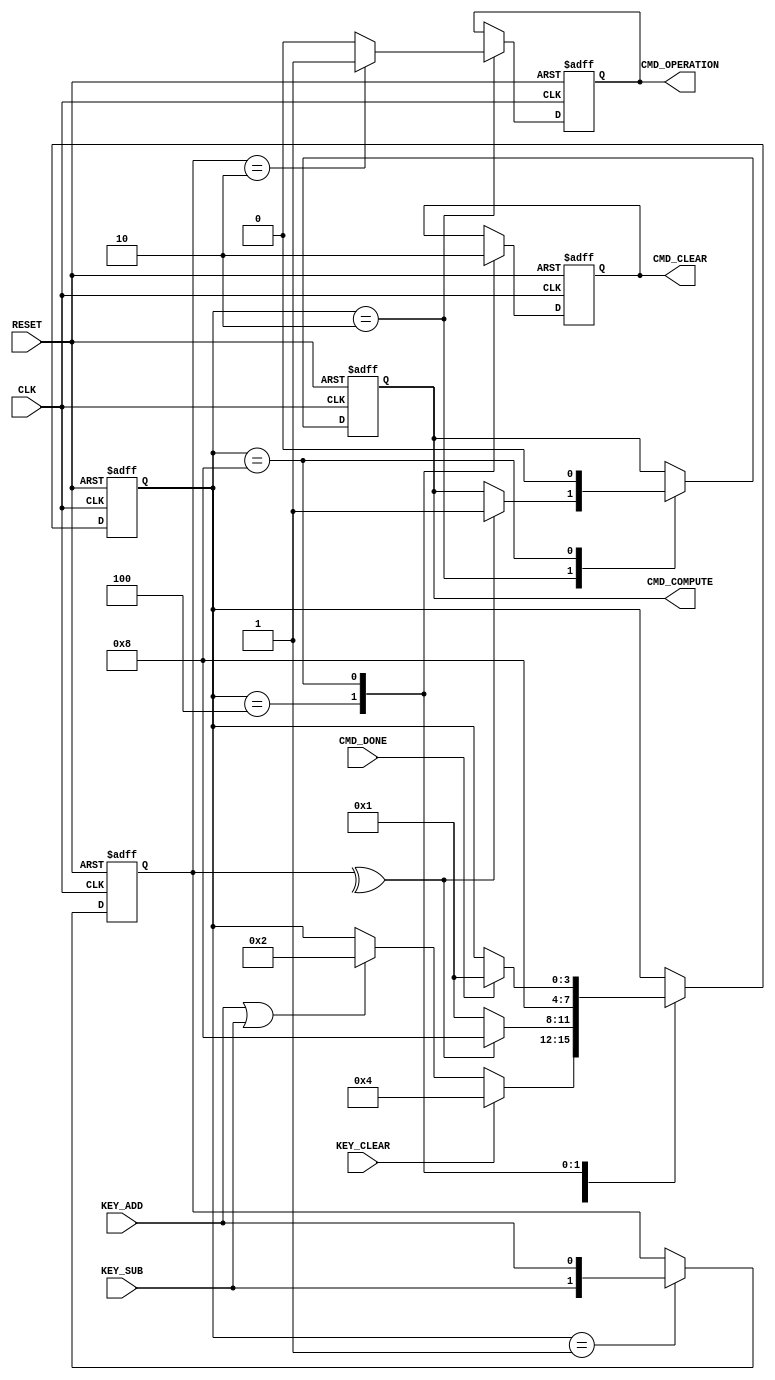
module Key_Command_Controller
(
	// Key Input Signals
	input KEY_CLEAR,
	input KEY_ADD,
	input KEY_SUB,

	// Command Signals
	input      CMD_DONE,
	output reg CMD_CLEAR,
	output reg CMD_COMPUTE,
	output reg CMD_OPERATION,
	
	// System Signals
	input CLK,
	input RESET
);


	//
	// BCD Binary Encoder State Machine
	//
	reg [3:0] State;
	localparam [3:0]
		S0 = 4'b0001,
		S1 = 4'b0010,
		S2 = 4'b0100,
		S3 = 4'b1000;
	
	reg [1:0] key_reg;

	always @(posedge CLK, posedge RESET)
	begin
	
		if (RESET)
		begin

			key_reg <= 2'h0;
		
			CMD_CLEAR <= 1'b0;
			CMD_COMPUTE <= 1'b0;
			CMD_OPERATION <= 1'b0;
		
			State <= S0;
			
		end
		else
		begin
		
			case (State)
			
				S0 :
				begin
				
					// Capture Keys
					key_reg <= { KEY_SUB, KEY_ADD };
				
					// Wait for a Key Input
					if (KEY_CLEAR)
						State <= S2;
					else if (KEY_ADD | KEY_SUB)
						State <= S1;
				
				end
				
				S1 :
				begin
				
					// Set the operation
					case (key_reg)
						2'b01 : CMD_OPERATION <= 1'b0; // Add
						2'b10 : CMD_OPERATION <= 1'b1; // Sub
						default : CMD_OPERATION <= 1'b0; // Invalid
					endcase
					
					// Only start computation for a valid key input
					if (^key_reg)
						CMD_COMPUTE <= 1'b1;
					
					
					// If valid wait for command to finish, otherwise abort.
					if (^key_reg)
						State <= S3;
					else
						State <= S0;
						
				end
				
				S2 :
				begin
				
					// Set the Clear Command
					CMD_CLEAR <= 1'b1;
					
					State <= S3;
				
				end
				
				S3 :
				begin

					// Clear the Command signals
					CMD_CLEAR <= 1'b0;
					CMD_COMPUTE <= 1'b0;
				
					// Wait for Command to finish
					if (CMD_DONE)
						State <= S0;
						
				end
				
			endcase
			
		end
		
	end

endmodule